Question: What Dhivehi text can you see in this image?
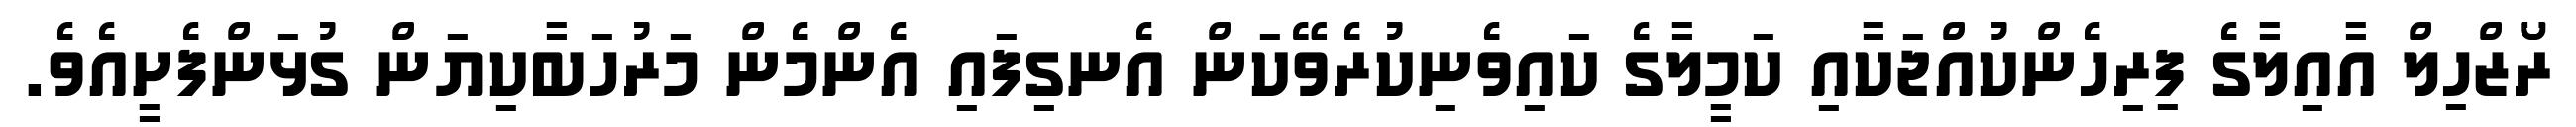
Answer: ރޯޒްހިލް އާއިލާގެ ފިރިހެންކުއްޖަކާއި ކަމީލާގެ ކައިވެނިކުރެވޭކަން އެނގިފައި އެންމެން މަރުހަބާކިޔަން ގުޅަންފެށީއެވެ.